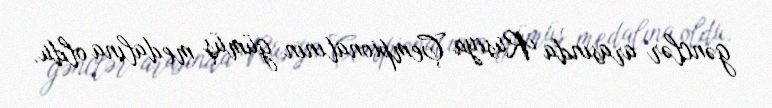
gənclər arasında Rusiya Çempionatının gümüş medalına oldu.